Leaving Certificate Examination, 1925
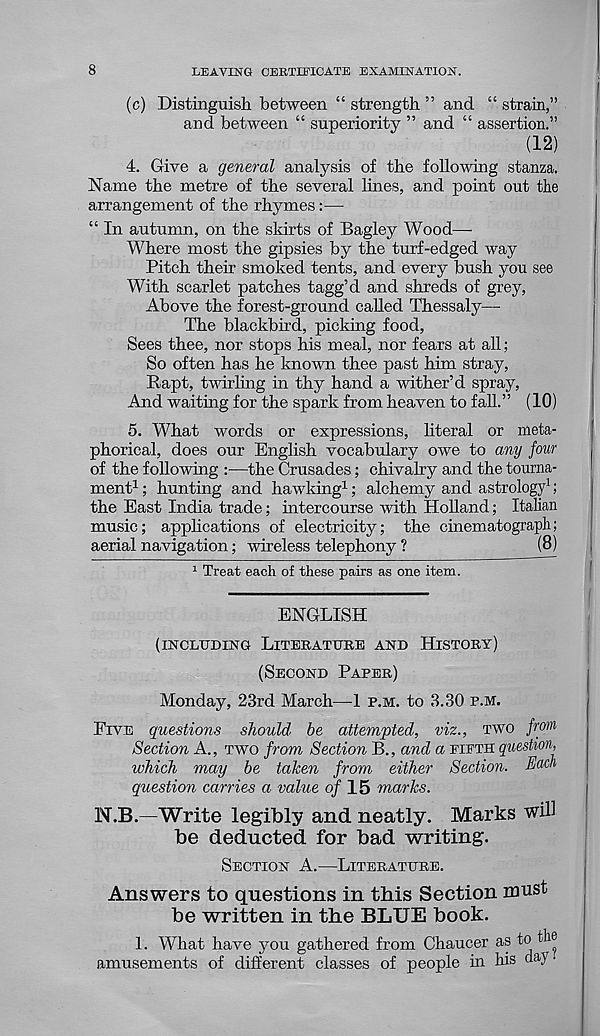
8
LEAVING CERTIFICATE EXAMINATION.
(c) Distinguish between “ strength ” and “ strain,”
and between “ superiority ” and “ assertion.”
(12)
4. Give a general analysis of the following stanza.
Name the metre of the several lines, and point out the
arrangement of the rhymes:—
“ In autumn, on the skirts of Bagley Wood—
Where most the gipsies by the turf-edged way
Pitch their smoked tents, and every bush you see
With scarlet patches tagg’d and shreds of grey,
Above the forest-ground called Thessaly—
The blackbird, picking food,
Sees thee, nor stops his meal, nor fears at all;
So often has he known thee past him stray,
Rapt, twirling in thy hand a wither’d spray,
And waiting for the spark from heaven to fall.” (10)
5. What words or expressions, literal or meta-
phorical, does our English vocabulary owe to any jour
of the following :—the Crusades; chivalry and the tourna-
ment 1 ; hunting and hawking 1 ; alchemy and astrology 1 ;
the East India trade; intercourse with Holland; Italian
music; apphcations of electricity; the cinematograph;
aerial navigation; wireless telephony ?
(8)
1 Treat each of these pairs as one item.
ENGLISH
(INCLUDING LITERATURE AND HISTORY)
(SECOND PAPER)
Monday, 23rd March—1 P.M. to 3.30 P.M.
FIVE questions should be attempted, viz., TWO ji'om
Section A., TWO from Section B., and a FIFTH question,
which may be taken from either Section. Each
question carries a value o/ 15 marks.
N.B.—Write legibly and neatly. Marks will
be deducted for bad writing.
SECTION A.—LITERATURE.
Answers to questions in this Section must
be written in the BLUE book.
1. What have you gathered from Chaucer as to the
amusements of different classes of people in his day.